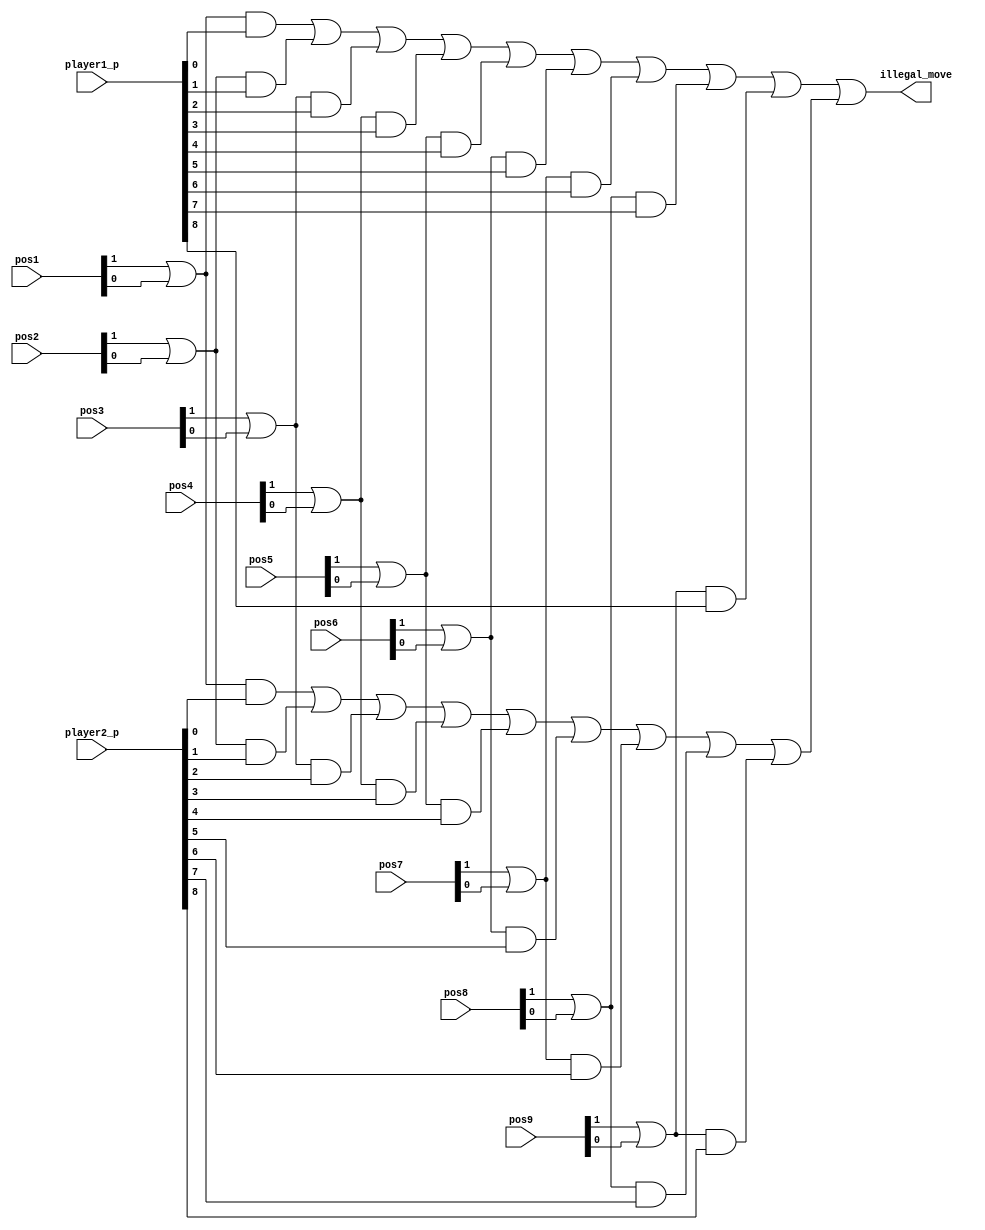
module Movimiento_ilegal(
    input [1:0] pos1,
    input [1:0] pos2,
    input [1:0] pos3,
    input [1:0] pos4,
    input [1:0] pos5,
    input [1:0] pos6,
    input [1:0] pos7,
    input [1:0] pos8,
    input [1:0] pos9,
    input [8:0] player1_p,
    input [8:0] player2_p,
    output wire illegal_move
);

    wire p1_mi1;
    wire p1_mi2;
    wire p1_mi3;
    wire p1_mi4;
    wire p1_mi5;
    wire p1_mi6;
    wire p1_mi7;
    wire p1_mi8;
    wire p1_mi9;

    wire p2_mi1;
    wire p2_mi2;
    wire p2_mi3;
    wire p2_mi4;
    wire p2_mi5;
    wire p2_mi6;
    wire p2_mi7;
    wire p2_mi8;
    wire p2_mi9;

    wire p1_mit;
    wire p2_mit;
    //cuando la posicion este tomada y un jugador quiera jugarla el resultado para p1_mi sera 1

    //player1 movimiento ilegal por posicion
    assign p1_mi1 = (pos1[1] | pos1[0]) & player1_p[0];
    assign p1_mi2 = (pos2[1] | pos2[0]) & player1_p[1];
    assign p1_mi3 = (pos3[1] | pos3[0]) & player1_p[2];
    assign p1_mi4 = (pos4[1] | pos4[0]) & player1_p[3];
    assign p1_mi5 = (pos5[1] | pos5[0]) & player1_p[4];
    assign p1_mi6 = (pos6[1] | pos6[0]) & player1_p[5];
    assign p1_mi7 = (pos7[1] | pos7[0]) & player1_p[6];
    assign p1_mi8 = (pos8[1] | pos8[0]) & player1_p[7];
    assign p1_mi9 = (pos9[1] | pos9[0]) & player1_p[8];

    //player2 movimiento ilegal por posicion
    assign p2_mi1 = (pos1[1] | pos1[0]) & player2_p[0];
    assign p2_mi2 = (pos2[1] | pos2[0]) & player2_p[1];
    assign p2_mi3 = (pos3[1] | pos3[0]) & player2_p[2];
    assign p2_mi4 = (pos4[1] | pos4[0]) & player2_p[3];
    assign p2_mi5 = (pos5[1] | pos5[0]) & player2_p[4];
    assign p2_mi6 = (pos6[1] | pos6[0]) & player2_p[5];
    assign p2_mi7 = (pos7[1] | pos7[0]) & player2_p[6];
    assign p2_mi8 = (pos8[1] | pos8[0]) & player2_p[7];
    assign p2_mi9 = (pos9[1] | pos9[0]) & player2_p[8];

    //player1 y player2 movimiento ilegal
    assign p1_mit = ((((((((p1_mi1 | p1_mi2 ) | p1_mi3) | p1_mi4) | p1_mi5) | p1_mi6) | p1_mi7) | p1_mi8) | p1_mi9); 
    assign p2_mit = ((((((((p2_mi1 | p2_mi2 ) | p2_mi3) | p2_mi4) | p2_mi5) | p2_mi6) | p2_mi7) | p2_mi8) | p2_mi9);

    //verificar si hay movimiento ilegal del player1 o player2
    assign illegal_move = p1_mit | p2_mit;

endmodule // Movimiento_ilegal